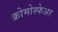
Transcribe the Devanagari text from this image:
क्रोमोस्फेअर